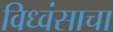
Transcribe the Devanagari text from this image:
विध्वंसाचा